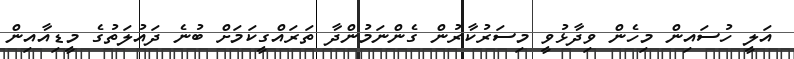
އަލީ ހުސައިން މިހެން ވިދާޅުވީ މިސަރުކާރުން ގެންނަމުންދާ ތަރައްގީކަމަށް ބުނެ ދައުލަތުގެ މީޑިއާއިން